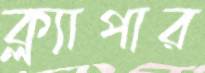
ক্ল্যাপার